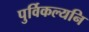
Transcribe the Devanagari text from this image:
पुर्विकल्यनि